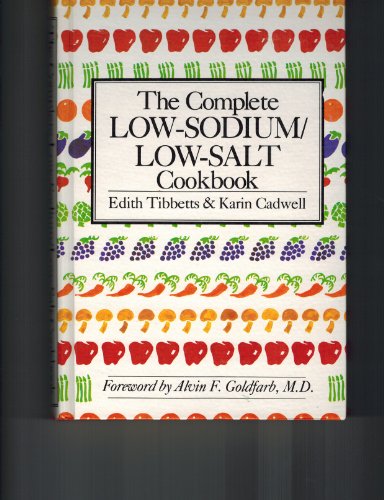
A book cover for Complete Low-sodium, Low-salt Cook Book; Edith Tibbetts; Cookbooks, Food & Wine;